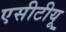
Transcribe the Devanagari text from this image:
एसीटीयू